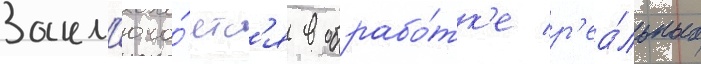
Закл'юча́етс'я в обрабо́тк'е р'еа́льных